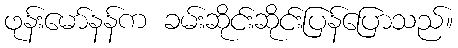
ဖုန်းမော်နန်က ခမ်းဆိုင်းဆိုင်းပြန်ပြောသည်။